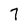
Character: 7